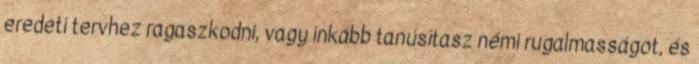
eredeti tervhez ragaszkodni, vagy inkább tanúsítasz némi rugalmasságot, és